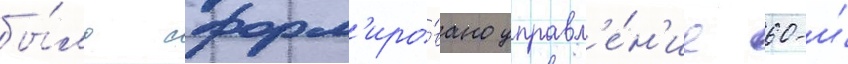
бы́ло сформ'иро́вано управл'е́н'ие 60-и́